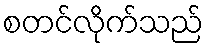
စတင်လိုက်သည်